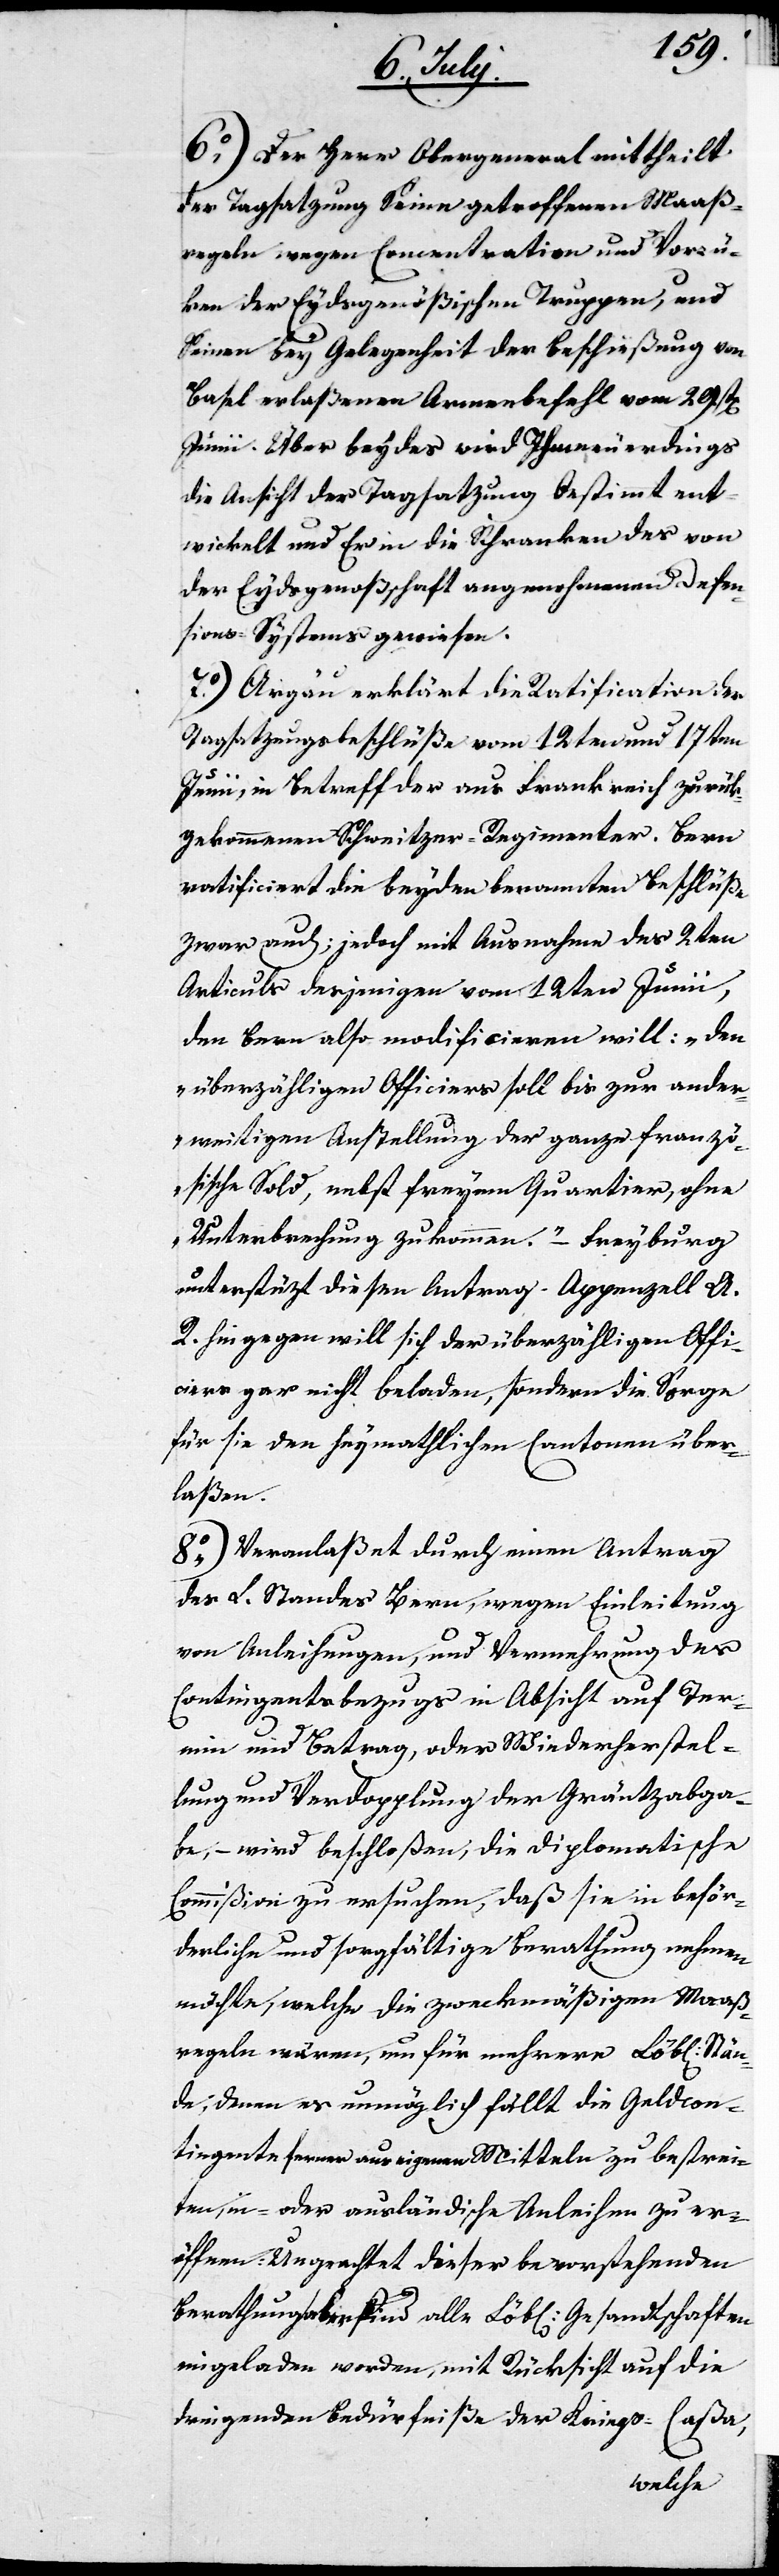
6.) Der Herr Obergeneral mittheilt
der Tagsatzung Seine getroffenen Maaß¬
regeln wegen Concentration und Vorrü¬
cken der Eydsgenößischen Truppen, und
Seinen bey Gelegenheit der Beschießung von
Basel erlaßenen Armeebefehl vom 29sten
Junii. Über beydes wird Ihm neuerdings
die Ansicht der Tagsatzung bestimmt ent¬
wickelt und Er in die Schranken des von
der Eydsgenoßenschaft angenohmenen Defen¬
sions-Systems gewiesen.
7.) Aargau erklärt die Ratification der
Tagsatzungsbeschlüße vom 12ten und 17ten
der
Junii, in Betreff der aus Frankreich zurück¬
gekommenen Schweitzer-Regimenter. Bern
ratificiert die beyden benannten Beschlüße
zwar auch; jedoch mit Ausnahme des 2ten
Articuls desjenigen vom 12ten Junii,
den Bern also modificieren will: „Den
überzähligen Officiers soll bis zur ander¬
weitigen Aufstellung der ganze franzö¬
sische Sold, nebst freyem Quartier, ohne
Unterbrechung zukommen.“ – Freyburg
unterstützt diesen Antrag. Appenzell A.
gar nicht beladen, sondern die Sorge
für sie den heymathlichen Cantonen über¬
laßen.
8.) Veranlaßet durch einen Antrag
des L. Standes Bern, wegen Einleitung
von Anleihungen, und Vermehrung des
Contingentsbezugs in Absicht auf Ter¬
min und Betrag, oder Wiederherstel¬
lung und Verdopplung der Gräntzabga¬
be, – wird beschloßen, die Diplomatische
Commißion zu ersuchen, daß sie in beför¬
derliche und sorgfältige Berathung nehmen
möchte, welche die zweckmäßigen Maaß¬
regeln wären, um für mehrere Löbl. Stän¬
de, denen es unmöglich fällt die Geldcon¬
tingente ferner aus eigenen Mitteln zu bestrei¬
ten, in- oder ausländische Anleihen zu er¬
öffnen: Ungeachtet dieser bevorstehenden
Berathungen sind alle Löbl. Gesandtschaften
eingeladen worden, mit Rücksicht auf die
dringenden Bedürfniße der Kriegs-Caßa,